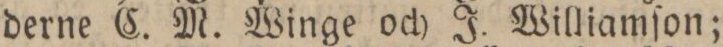
derne C. M. Winge och J. Williamſon;